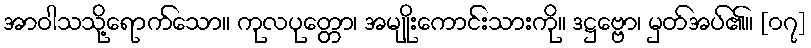
အာဝါသသို့ရောက်သော။ ကုလပုတ္တော၊ အမျိုးကောင်းသားကို။ ဒဋ္ဌဗ္ဗော၊ မှတ်အပ်၏။ [၀၇]